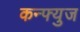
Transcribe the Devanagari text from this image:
कन्फ्युज